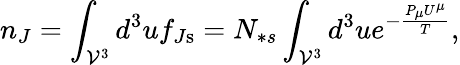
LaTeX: n_{J}=\int_{\mathcal{V}^{3}}d^{3}uf_{J\mathrm{s}}=N_{\ast s}\int_{\mathcal{V}^{3}}d^{3}ue^{-\frac{P_{\mu}U^{\mu}}{T}},